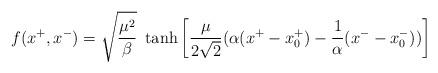
LaTeX: \begin{align*}f(x^+,x^-) = \sqrt\frac{\mu^2}{\beta} ~\tanh{\left[\frac{\mu}{2 \sqrt 2}(\alpha(x^+ - x_0^+)-\frac{1}{\alpha}(x^- - x_0^-))\right]} \end{align*}